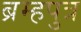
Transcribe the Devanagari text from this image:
ब्रम्हपुत्र